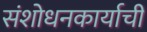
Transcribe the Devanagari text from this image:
संशोधनकार्याची